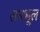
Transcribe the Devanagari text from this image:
रानभूल